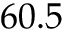
6 0 . 5